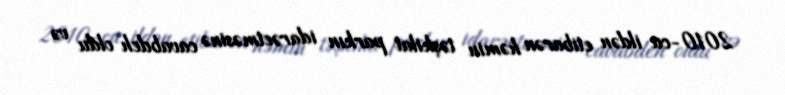
2010-cu ildən etibarən həmin təşkilat parkın idarəetməsinə cavabdeh oldu və